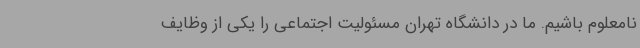
نامعلوم باشیم. ما در دانشگاه تهران مسئولیت اجتماعی را یکی از وظایف